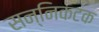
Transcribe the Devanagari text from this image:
सन्निकटक